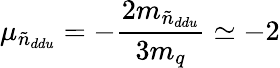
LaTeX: \mu_{\tilde{n}_{ddu}}=-{\frac{2m_{\tilde{n}_{ddu}}}{3m_{q}}}\simeq-2